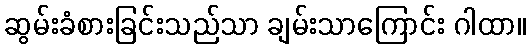
ဆွမ်းခံစားခြင်းသည်သာ ချမ်းသာကြောင်း ဂါထာ။